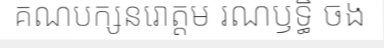
គណបក្សនរោត្តម រណឫទ្ធិ ចង